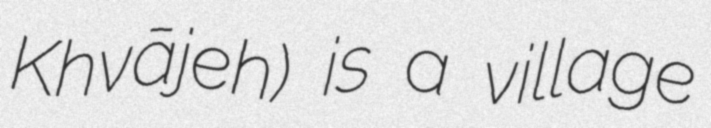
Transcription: Khvājeh) is a village